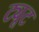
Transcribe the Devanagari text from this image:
ट्यूट